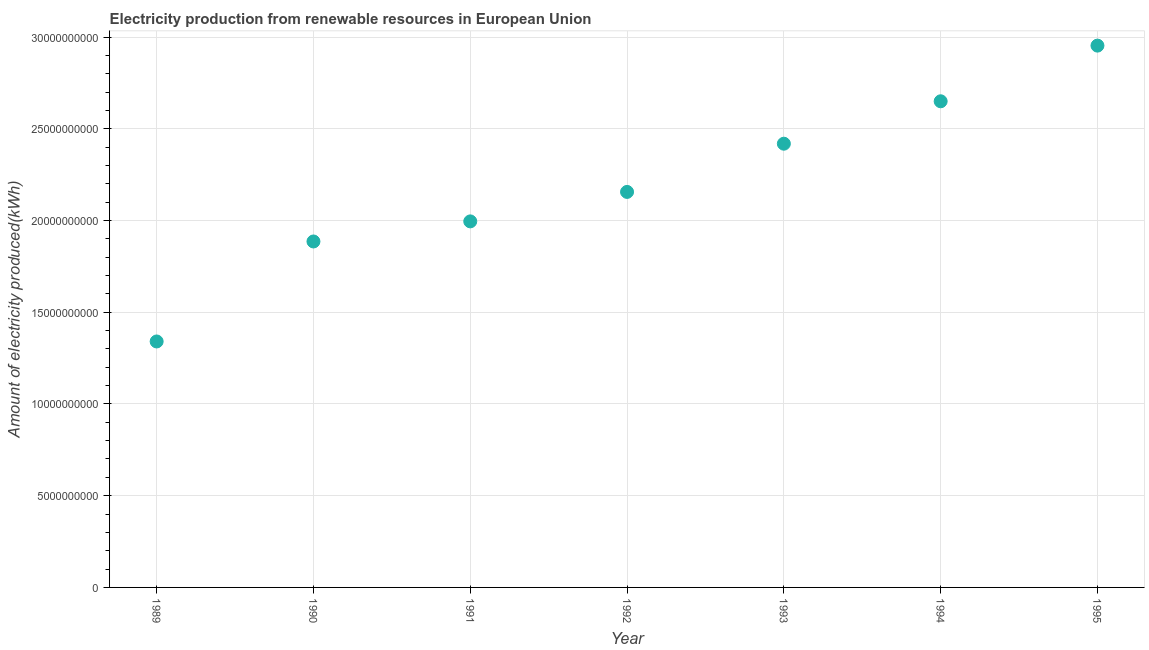
| Year | Electricity production from renewable sources |
 | --- | --- |
 | 1989 | 1.34e+10 |
 | 1990 | 1.89e+10 |
 | 1991 | 2e+10 |
 | 1992 | 2.16e+10 |
 | 1993 | 2.42e+10 |
 | 1994 | 2.65e+10 |
 | 1995 | 2.95e+10 |